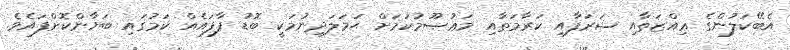
އެބޭކަލުންގެ ޢިއްޒަތާއި ޝަރަފާއި ކަރާމަތާއި މަޢުޞޫމުކަމަށް ޙަމަލަދިނުމަކީ ބޮޑު ފާފައެއް ކަމުގައި ބަޔާންކޮށްފައެވެ.